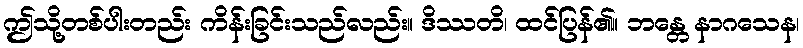
ဤသို့တစ်ပါးတည်း ကိန်းခြင်းသည်လည်း။ ဒိဿတိ၊ ထင်ပြန်၏။ ဘန္တေ နာဂသေန၊